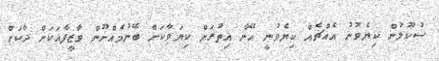
ސުކޫލުން ކިޔެވުނު އެއްޗެއް ކިޔެވުނީ އޭނާ އިތުރަށް ކިޔަވާކަށް ބޭނުމެއްނޫން ވާޒީފާއަކަށް ދާކަށް